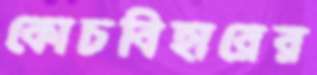
কোচবিহারের